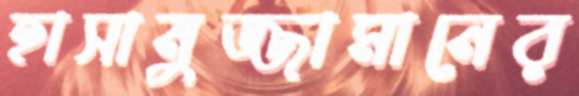
হাসানুজ্জামানের